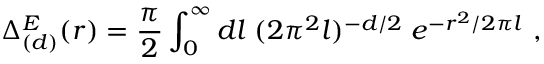
\Delta _ { ( d ) } ^ { E } ( r ) = { \frac { \pi } { 2 } } \int _ { 0 } ^ { \infty } d l \; ( 2 \pi ^ { 2 } l ) ^ { - d / 2 } \; e ^ { - r ^ { 2 } / 2 \pi l } \ ,